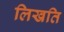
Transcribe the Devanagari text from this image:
लिखति